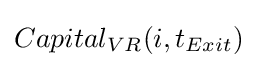
Capital_{VR}(i,t_{Exit})